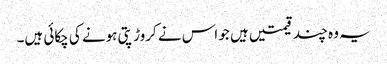
یہ وہ چند قیمتیں ہیں جو اس نے کروڑ پتی ہونے کی چکائی ہیں۔